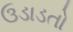
ઉડાડતો